Annual report of lunatic asylums [Bombay] - 1912-1922
Year: 1912
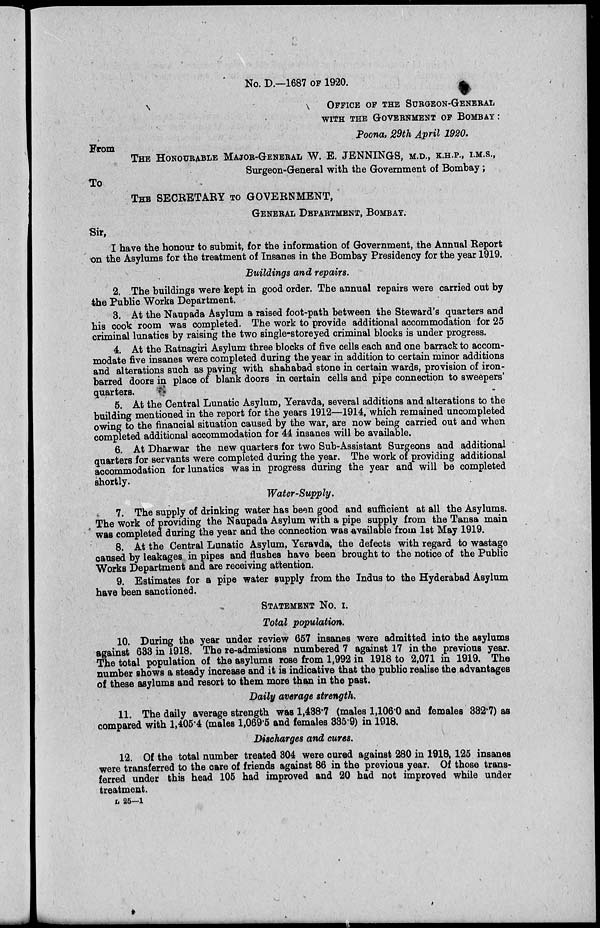
No. D.—1687 OF 1920.
OFFICE OF THE SURGEON-GENERAL
WITH THE GOVERNMENT OF BOMBAY :
Poona, 29th April 1920.
From
THE HONOURABLE MAJOR-GENERAL W. E. JENNINGS, M.D., K.H.P., I.M.S.,
Surgeon-General with the Government of Bombay ;
To
THE SECRETARY TO GOVERNMENT,
GENERAL DEPARTMENT, BOMBAY.
Sir,
I have the honour to submit, for the information of Government, the Annual Report
on the Asylums for the treatment of Insanes in the Bombay Presidency for the year 1919.
Buildings and repairs.
2. The buildings were kept in good order. The annual repairs were carried out by
the Public Works Department.
3. At the Naupada Asylum a raised foot-path between the Steward's quarters and
his cook room was completed. The work to provide additional accommodation for 25
criminal lunatics by raising the two single-storeyed criminal blocks is under progress.
4. At the Ratnagiri Asylum three blocks of five cells each and one barrack to accom-
modate five insanes were completed during the year in addition to certain minor additions
and alterations such as paving with shahabad stone in certain wards, provision of iron-
barred doors in place of blank doors in certain cells and pipe connection to sweepers'
quarters.
5. At the Central Lunatic Asylum, Yeravda, several additions and alterations to the
building mentioned in the report for the years 1912—1914, which remained uncompleted
owing to the financial situation caused by the war, are now being carried out and when
completed additional accommodation for 44 insanes will be available.
6. At Dharwar the new quarters for two Sub-Assistant Surgeons and additional
quarters for servants were completed during the year. The work of providing additional
accommodation for lunatics was in progress during the year and will be completed
shortly.
Water-Supply.
7. The supply of drinking water has been good and sufficient at all the Asylums.
The work of providing the Naupada Asylum with a pipe supply from the Tansa main
was completed during the year and the connection was available from 1st May 1919.
8. At the Central Lunatic Asylum, Yeravda, the defects with regard to wastage
caused by leakages in pipes and flushes have been brought to the notice of the Public
Works Department and are receiving attention.
9. Estimates for a pipe water supply from the Indus to the Hyderabad Asylum
have been sanctioned.
STATEMENT No. I.
Total population.
10. During the year under review 657 insanes were admitted into the asylums
against 633 in 1918. The re-admissions numbered 7 against 17 in the previous year.
The total population of the asylums rose from 1,992 in 1918 to 2,071 in 1919. The
number shows a steady increase and it is indicative that the public realise the advantages
of these asylums and resort to them more than in the past.
Daily average strength.
11. The daily average strength was 1,438.7 (males 1,106.0 and females 332.7) as
compared with 1,405.4 (males 1,069.5 and females 335.9) in 1918.
Discharges and cures.
12. Of the total number treated 304 were cured against 280 in 1918, 125 insanes
were transferred to the care of friends against 86 in the previous year. Of those trans-
ferred under this head 105 had improved and 20 had not improved while under
treatment.
L 25—1